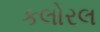
કલોરલ